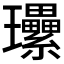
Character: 𤫤